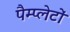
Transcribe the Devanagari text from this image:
पैम्प्लेटों